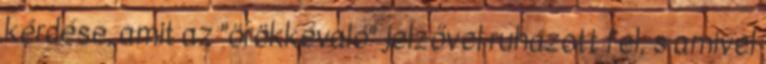
kérdése, amit az "örökkévaló" jelzővel ruházott fel, s amivel